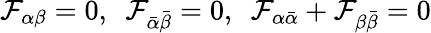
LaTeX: \mathcal{F}_{\alpha\beta}=0,\ \ \mathcal{F}_{\bar{{\alpha}}\bar{{\beta}}}=0,\ \ \mathcal{F}_{\alpha\bar{{\alpha}}}+\mathcal{F}_{\beta\bar{{\beta}}}=0